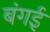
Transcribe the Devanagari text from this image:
बंगई